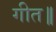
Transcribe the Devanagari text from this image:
गीत॥